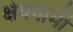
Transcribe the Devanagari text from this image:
क्षेत्रगामी